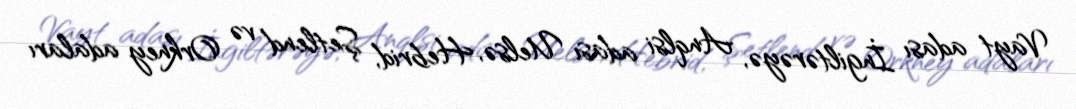
Vayt adası İngiltərəyə, Anqlsi adası Uelsə, Hebrid, Şetlend və Orkney adaları